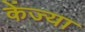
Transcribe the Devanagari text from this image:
केंज्या